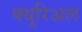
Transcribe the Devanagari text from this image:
क्युरिअल